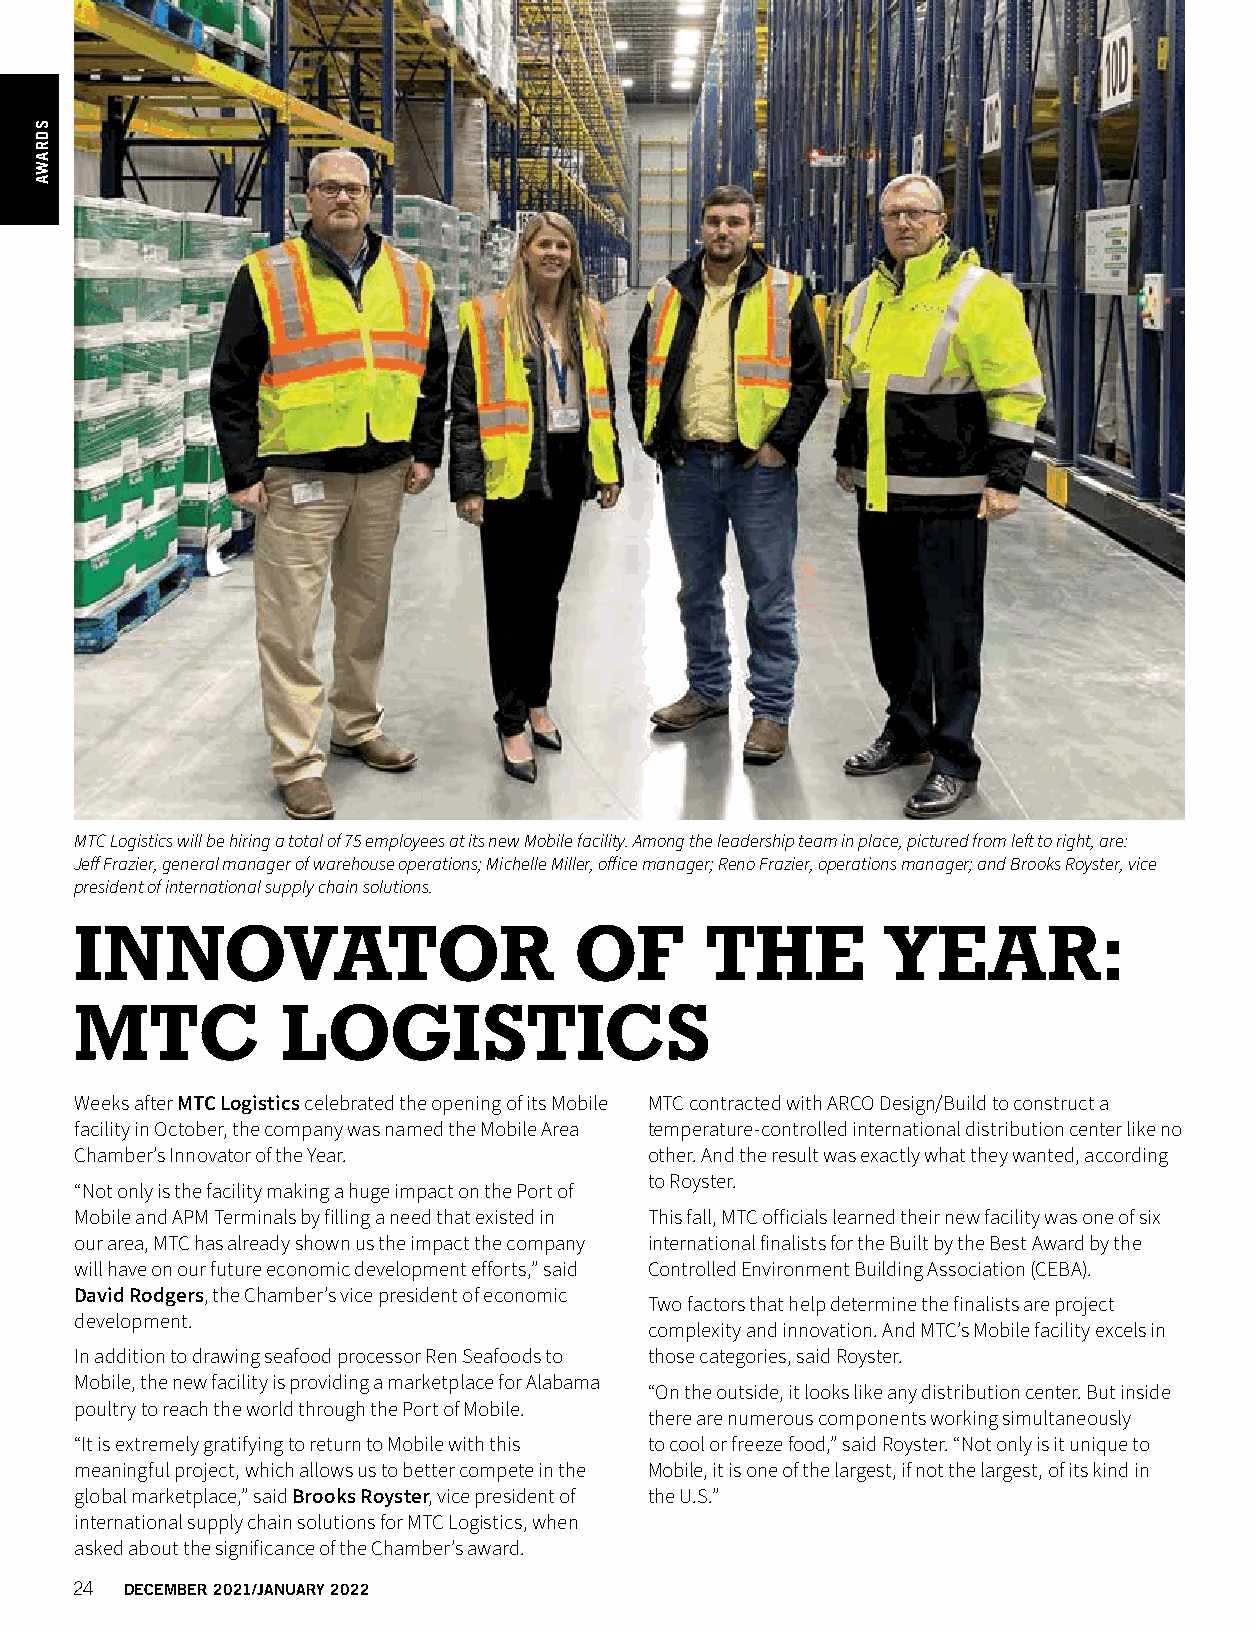
MTC Logistics will be hiring a total of 75 employees at its new Mobile facility. Among the leadership team in place, pictured from left to right, are:
 Jeff Frazier, general manager of warehouse operations; Michelle Miller, office manager; Reno Frazier, operations manager; and Brooks Royster, vice
 president of international supply chain solutions.
 INNOVATOR                        OF       THE         YEAR:
 MTC           LOGISTICS
 Weeks after MTC Logistics celebrated the opening of its Mobile MTC contracted with ARCO Design/Build to construct a
 facility in October, the company was named the Mobile Area temperature-controlled international distribution center like no
 Chamber’s Innovator of the Year.      other. And the result was exactly what they wanted, according
 to Royster.
 “Not only is the facility making a huge impact on the Port of
 Mobile and APM Terminals by filling a need that existed in This fall, MTC officials learned their new facility was one of six
 our area, MTC has already shown us the impact the company international finalists for the Built by the Best Award by the
 will have on our future economic development efforts,” said Controlled Environment Building Association (CEBA).
 David Rodgers, the Chamber’s vice president of economic
 Two factors that help determine the finalists are project
 development.
 complexity and innovation. And MTC’s Mobile facility excels in
 In addition to drawing seafood processor Ren Seafoods to those categories, said Royster.
 Mobile, the new facility is providing a marketplace for Alabama
 “On the outside, it looks like any distribution center. But inside
 poultry to reach the world through the Port of Mobile.
 there are numerous components working simultaneously
 “It is extremely gratifying to return to Mobile with this to cool or freeze food,” said Royster. “Not only is it unique to
 meaningful project, which allows us to better compete in the Mobile, it is one of the largest, if not the largest, of its kind in
 global marketplace,” said Brooks Royster, vice president of the U.S.”
 international supply chain solutions for MTC Logistics, when
 asked about the significance of the Chamber’s award.
 24 DECEMBER 2021/JANUARY 2022
 SDRAWA